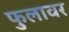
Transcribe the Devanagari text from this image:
फुलावर